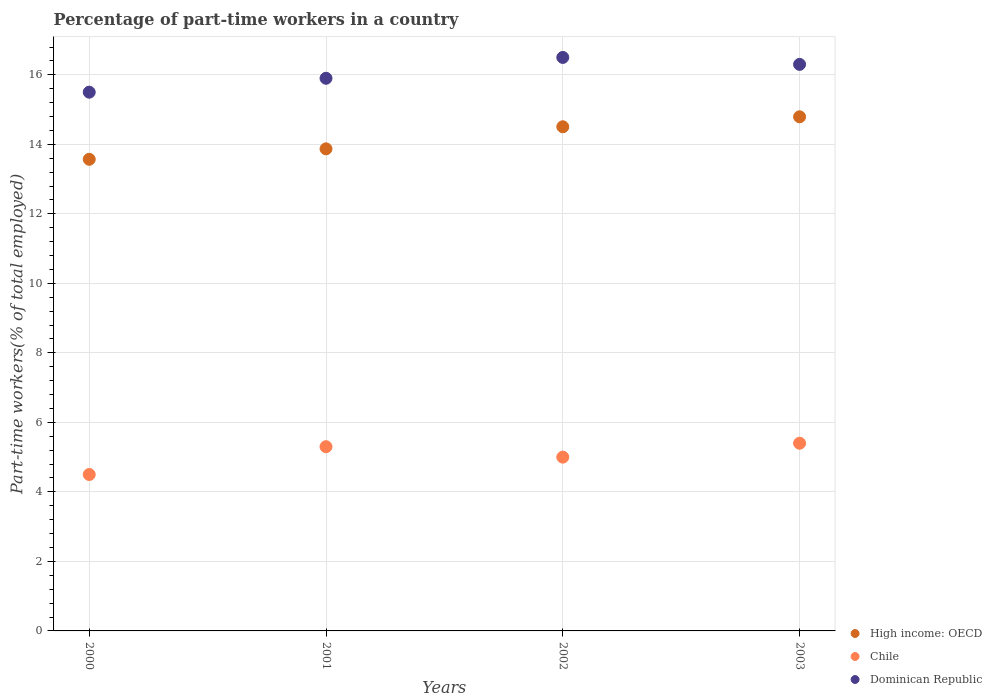
| Years | High income: OECD | Chile | Dominican Republic |
 | --- | --- | --- | --- |
 | 2000 | 13.6 | 4.5 | 15.5 |
 | 2001 | 13.9 | 5.3 | 15.9 |
 | 2002 | 14.5 | 5 | 16.5 |
 | 2003 | 14.8 | 5.4 | 16.3 |